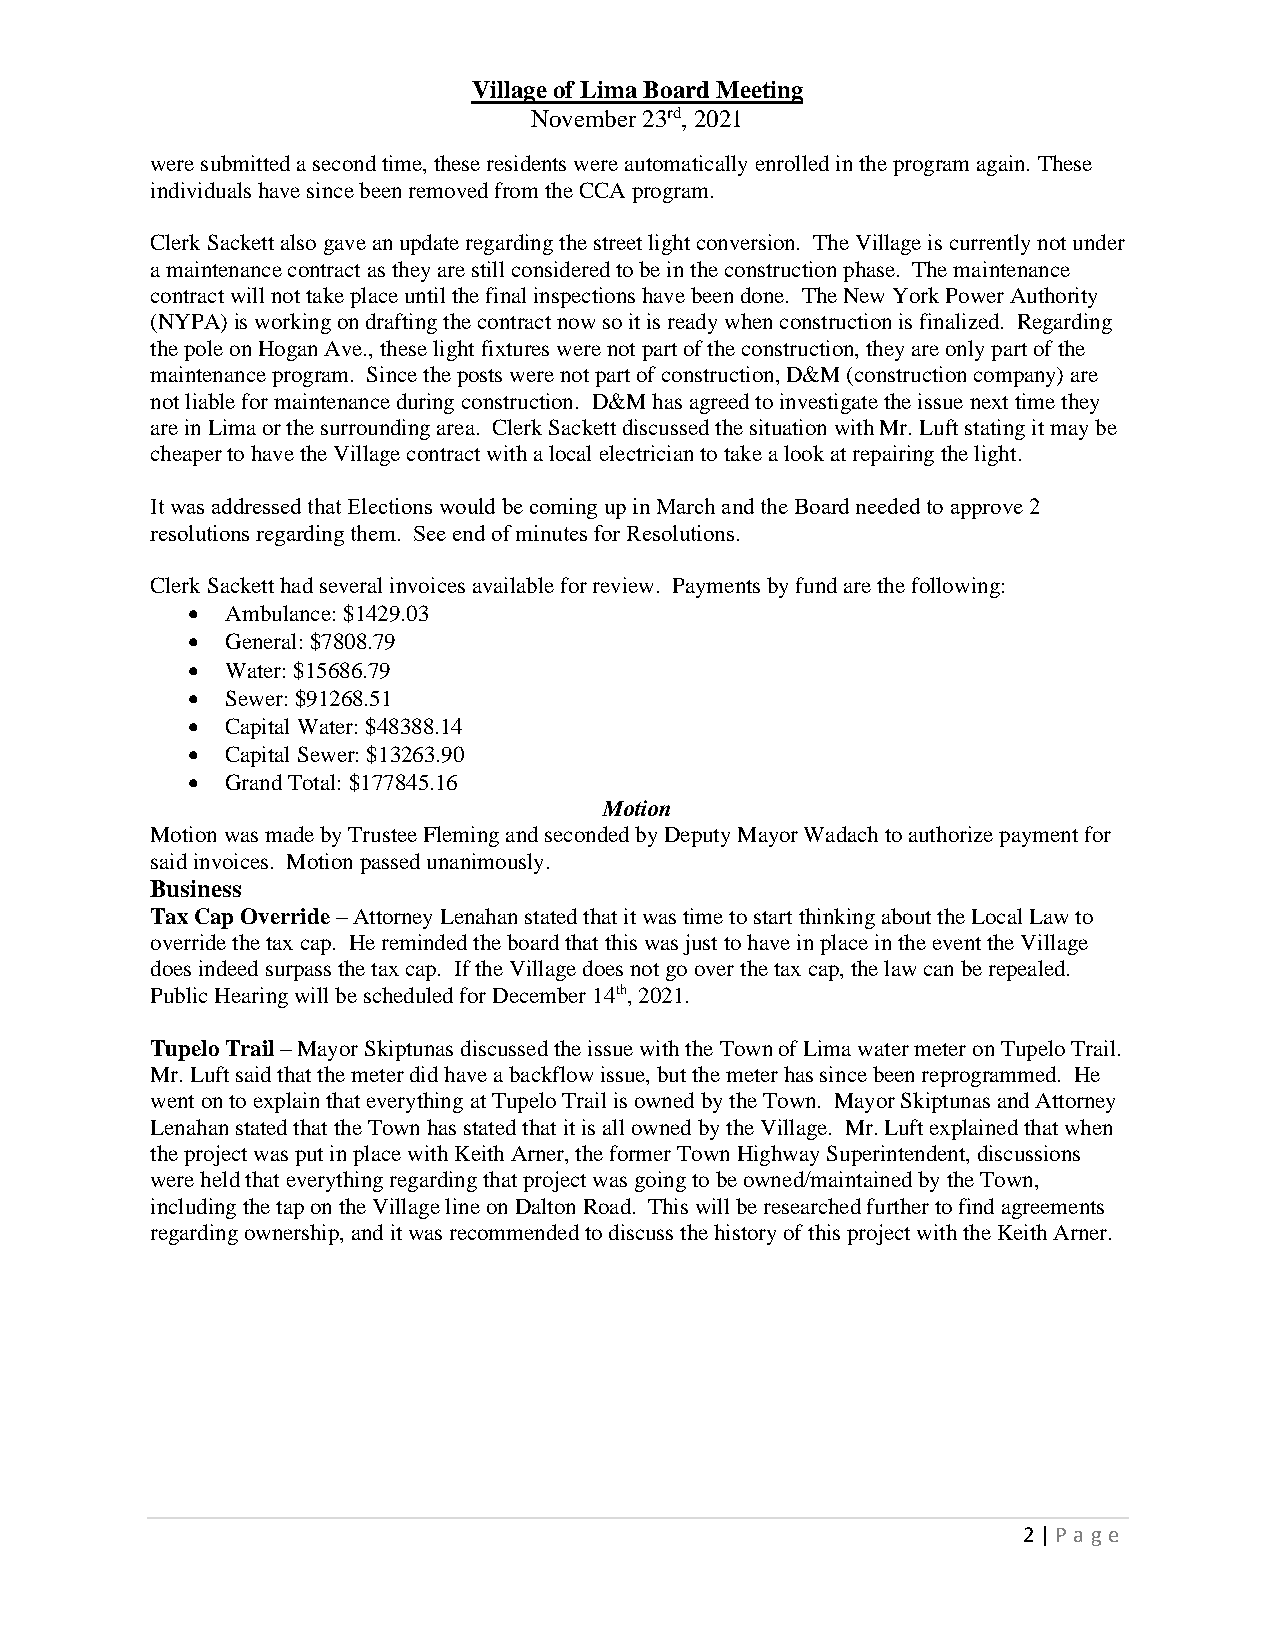
Village of Lima Board Meeting
 November 23rd, 2021
 were submitted a second time, these residents were automatically enrolled in the program again. These
 individuals have since been removed from the CCA program.
 Clerk Sackett also gave an update regarding the street light conversion. The Village is currently not under
 a maintenance contract as they are still considered to be in the construction phase. The maintenance
 contract will not take place until the final inspections have been done. The New York Power Authority
 (NYPA) is working on drafting the contract now so it is ready when construction is finalized. Regarding
 the pole on Hogan Ave., these light fixtures were not part of the construction, they are only part of the
 maintenance program. Since the posts were not part of construction, D&M (construction company) are
 not liable for maintenance during construction. D&M has agreed to investigate the issue next time they
 are in Lima or the surrounding area. Clerk Sackett discussed the situation with Mr. Luft stating it may be
 cheaper to have the Village contract with a local electrician to take a look at repairing the light.
 It was addressed that Elections would be coming up in March and the Board needed to approve 2
 resolutions regarding them. See end of minutes for Resolutions.
 Clerk Sackett had several invoices available for review. Payments by fund are the following:
 •  Ambulance: $1429.03
 •  General: $7808.79
 •  Water: $15686.79
 •  Sewer: $91268.51
 •  Capital Water: $48388.14
 •  Capital Sewer: $13263.90
 •  Grand Total: $177845.16
 Motion
 Motion was made by Trustee Fleming and seconded by Deputy Mayor Wadach to authorize payment for
 said invoices. Motion passed unanimously.
 Business
 Tax Cap Override – Attorney Lenahan stated that it was time to start thinking about the Local Law to
 override the tax cap. He reminded the board that this was just to have in place in the event the Village
 does indeed surpass the tax cap. If the Village does not go over the tax cap, the law can be repealed.
 Public Hearing will be scheduled for December 14th, 2021.
 Tupelo Trail – Mayor Skiptunas discussed the issue with the Town of Lima water meter on Tupelo Trail.
 Mr. Luft said that the meter did have a backflow issue, but the meter has since been reprogrammed. He
 went on to explain that everything at Tupelo Trail is owned by the Town. Mayor Skiptunas and Attorney
 Lenahan stated that the Town has stated that it is all owned by the Village. Mr. Luft explained that when
 the project was put in place with Keith Arner, the former Town Highway Superintendent, discussions
 were held that everything regarding that project was going to be owned/maintained by the Town,
 including the tap on the Village line on Dalton Road. This will be researched further to find agreements
 regarding ownership, and it was recommended to discuss the history of this project with the Keith Arner.
 2 | P age